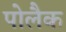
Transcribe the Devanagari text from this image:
पोलैक